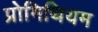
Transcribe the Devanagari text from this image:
प्रोमिथियम